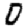
Digit: 0